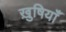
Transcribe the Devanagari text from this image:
ख़ुषियाँ